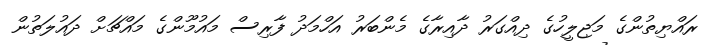
ރައްޔިތުންގެ މަޖިލީހުގެ ދިއްގަރު ދާއިރާގެ މެންބަރު އަހްމަދު ފާރިސް މައުމޫންގެ މައްޗަށް ދައުލަތުން